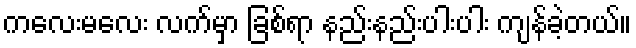
ကလေးမလေး လက်မှာ ခြစ်ရာ နည်းနည်းပါးပါး ကျန်ခဲ့တယ်။